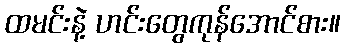
ထမင်းနဲ့ ဟင်းတွေကုန်အောင်စား။